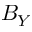
B _ { Y }